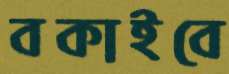
বকাইবে